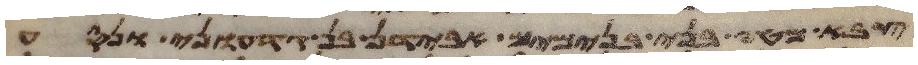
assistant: צבא מטה בני בנימים אבידן בן גדעוני ונסע